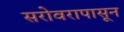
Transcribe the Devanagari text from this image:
सरोवरापासून